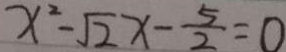
x ^ { 2 } - \sqrt { 2 } x - \frac { 5 } { 2 } = 0